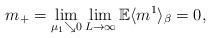
LaTeX: \begin{align*}m_+=\lim_{\mu_1 \searrow 0} \lim_{L\to\infty}\mathbb E \langle m^1 \rangle_\beta=0, \end{align*}